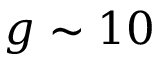
g \sim 1 0